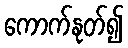
ကောက်နုတ်၍